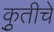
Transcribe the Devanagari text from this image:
कृुतीचे